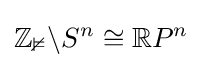
\mathbb {Z_{2}} \backslash S^{n}\cong \mathbb {R} P^{n}